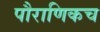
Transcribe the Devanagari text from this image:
पौराणिकच